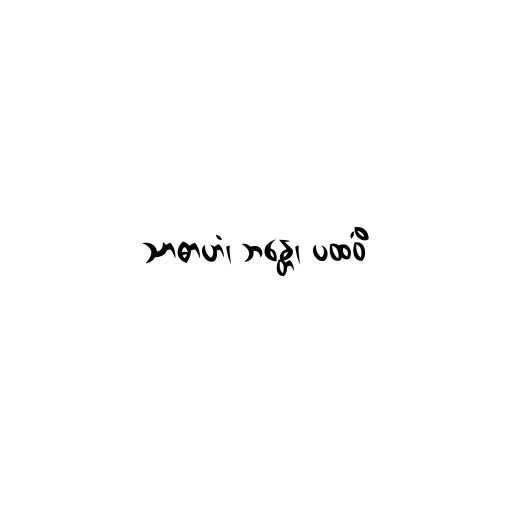
သာဓာဟံ၊ ဘန္တေ၊ ပထဝိံ